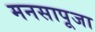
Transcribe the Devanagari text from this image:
मनसापूजा